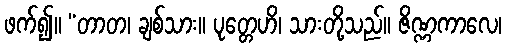
ဖက်၍။ “တာတ၊ ချစ်သား။ ပုတ္တေဟိ၊ သားတို့သည်။ ဇိဏ္ဏကာလေ၊